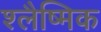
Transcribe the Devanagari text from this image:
श्‍लैष्‍मिक